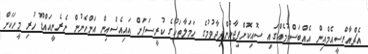
އެޗްއާރްސީއެމްއިން އެއްބަސްވުމެއްގައި ސޮއިކޮށްފިޖާނުންފިދާވުމުގެ ހަމަލާތަކުގެ ކުރީސަފަށް އައިއެސްއިން އަންހެނުން ނެރެނީއައްޑޫ ހުރި މީހަކަށް